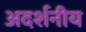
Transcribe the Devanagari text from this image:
अदर्शनीय